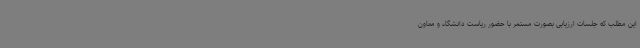
این مطلب که جلسات ارزیابی بصورت مستمر با حضور ریاست دانشگاه و معاون